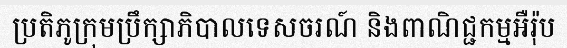
ប្រតិភូក្រុមប្រឹក្សាភិបាលទេសចរណ៍ និងពាណិជ្ជកម្មអឺរ៉ុប